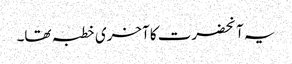
یہ آنحضرت کا آخری خطبہ تھا۔